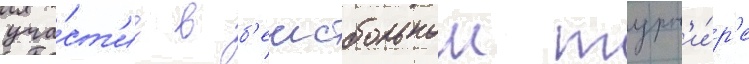
уча́ст'ие в б'еисбольном турн'и́р'е